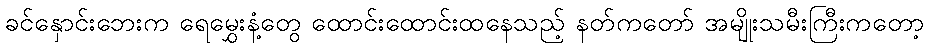
ခင်နှောင်းဘေးက ရေမွှေးနံ့တွေ ထောင်းထောင်းထနေသည့် နတ်ကတော် အမျိုးသမီးကြီးကတော့